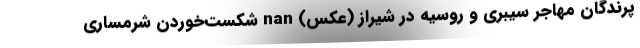
پرندگان مهاجر سیبری و روسیه در شیراز (عکس) nan شکست‌خوردن شرمساری